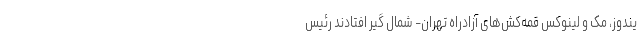
یندوز، مک و لینوکس قمه‌کش‌های آزادراه تهران- شمال گیر افتادند رئیس